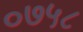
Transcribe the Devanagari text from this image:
०७५८